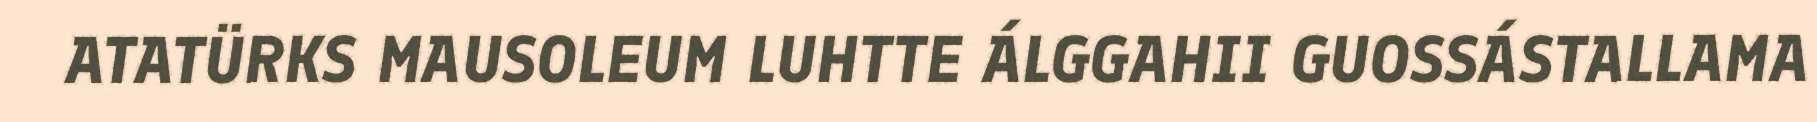
ATATÜRKS MAUSOLEUM LUHTTE ÁLGGAHII GUOSSÁSTALLAMA